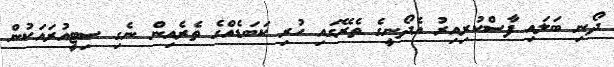
ދޯނި ބަލައި ފާސްކުރިއިރު އެދޯނީގެ ތެރޭގައި ހުރި ކަބަޑެއްގެ ތެރެއިން ނެގި ސިޓީއުރައަކުން